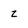
Character: z